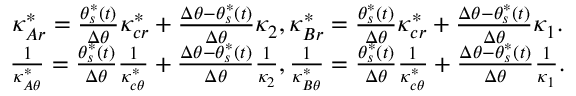
\begin{array} { c } { \kappa _ { A r } ^ { * } = \frac { \theta _ { s } ^ { * } ( t ) } { \Delta \theta } \kappa _ { c r } ^ { * } + \frac { \Delta \theta - \theta _ { s } ^ { * } ( t ) } { \Delta \theta } \kappa _ { 2 } , \kappa _ { B r } ^ { * } = \frac { \theta _ { s } ^ { * } ( t ) } { \Delta \theta } \kappa _ { c r } ^ { * } + \frac { \Delta \theta - \theta _ { s } ^ { * } ( t ) } { \Delta \theta } \kappa _ { 1 } . } \\ { \frac { 1 } { \kappa _ { A \theta } ^ { * } } = \frac { \theta _ { s } ^ { * } ( t ) } { \Delta \theta } \frac { 1 } { \kappa _ { c \theta } ^ { * } } + \frac { \Delta \theta - \theta _ { s } ^ { * } ( t ) } { \Delta \theta } \frac { 1 } { \kappa _ { 2 } } , \frac { 1 } { \kappa _ { B \theta } ^ { * } } = \frac { \theta _ { s } ^ { * } ( t ) } { \Delta \theta } \frac { 1 } { \kappa _ { c \theta } ^ { * } } + \frac { \Delta \theta - \theta _ { s } ^ { * } ( t ) } { \Delta \theta } \frac { 1 } { \kappa _ { 1 } } . } \end{array}